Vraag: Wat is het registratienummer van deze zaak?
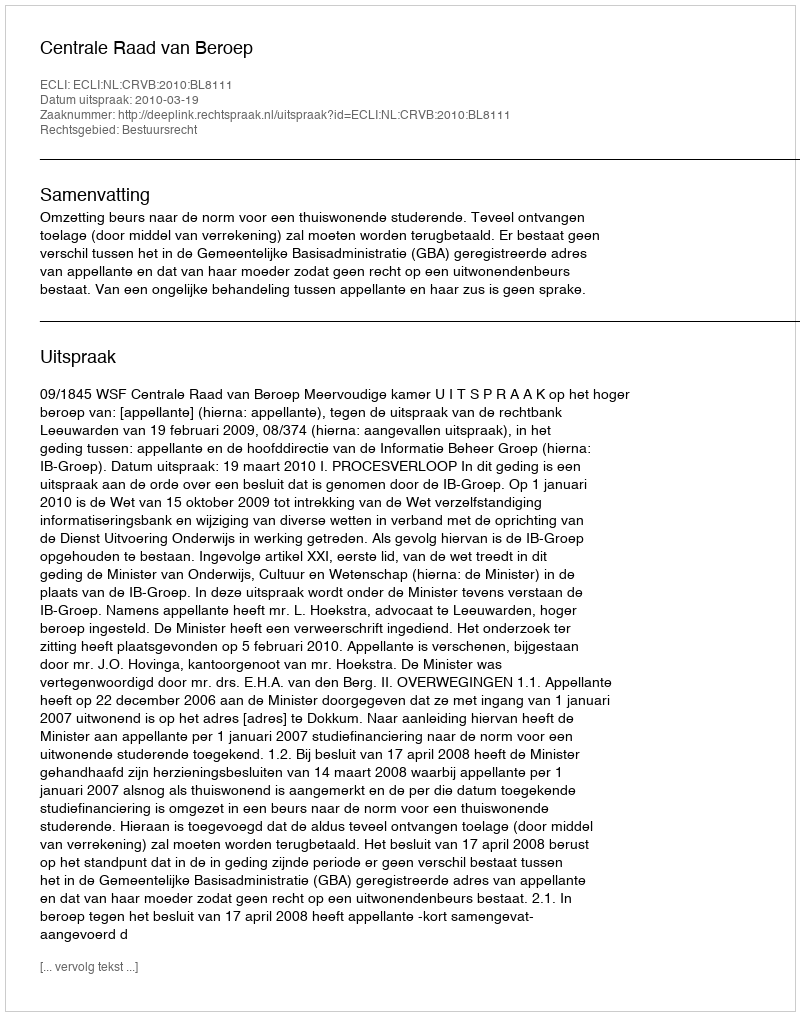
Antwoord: http://deeplink.rechtspraak.nl/uitspraak?id=ECLI:NL:CRVB:2010:BL8111